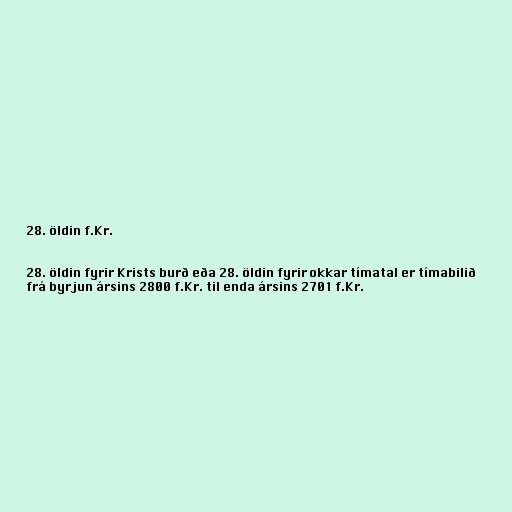
28. öldin f.Kr.

28. öldin fyrir Krists burð eða 28. öldin fyrir okkar tímatal er tímabilið
frá byrjun ársins 2800 f.Kr. til enda ársins 2701 f.Kr.